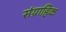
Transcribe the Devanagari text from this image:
संग्राहिक